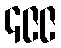
၄၉၉